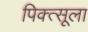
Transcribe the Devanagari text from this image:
पिक्त्सूला